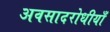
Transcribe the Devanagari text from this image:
अवसादरोधीयाँ